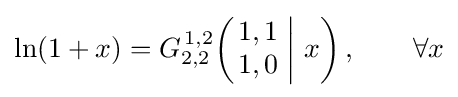
\ln(1+x)=G_{2,2}^{\,1,2}\!\left(\left.{\begin{matrix}1,1\\1,0\end{matrix}}\;\right|\,x\right),\qquad \forall x